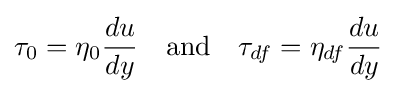
\tau _{0}=\eta _{0}{\frac {du}{dy}}\quad {\text{and}}\quad \tau _{df}=\eta _{df}{\frac {du}{dy}}